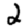
Digit: 2